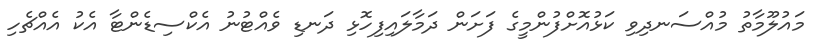
މައުލޫމާތު މުއްސަނދިވި ކަޅުއޮށްފުންމީގެ ފަށަން ދަމާލައިފިހޮޅި ދަނޑި ވެއްޓުނު އެކްސިޑެންޓާ އެކު އެއްޗެހި